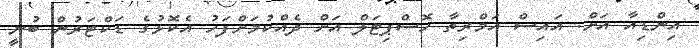
އިންޑިއާ އަށް. އައިސް އަމްރިތާ ހޮސްޕިޓަލް އަށް ދެއްކުމަށްފަހު އެކޮޅުގެ ޑަކްޓަރުން ބުނީ